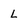
Character: L